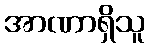
အာဏာရှိသူ